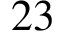
2 3